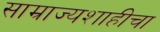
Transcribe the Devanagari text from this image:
साम्राज्यशाहीचा